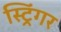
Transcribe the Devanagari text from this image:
स्ट्रिंगर